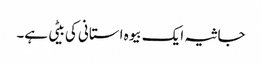
جاثیہ ایک بیوہ استانی کی بیٹی ہے۔